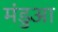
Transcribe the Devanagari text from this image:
मंडुआ